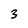
Character: 3